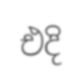
එදි